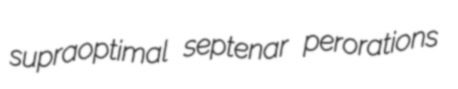
supraoptimal septenar perorations